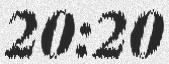
20:20